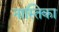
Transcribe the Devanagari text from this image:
नास्तिका